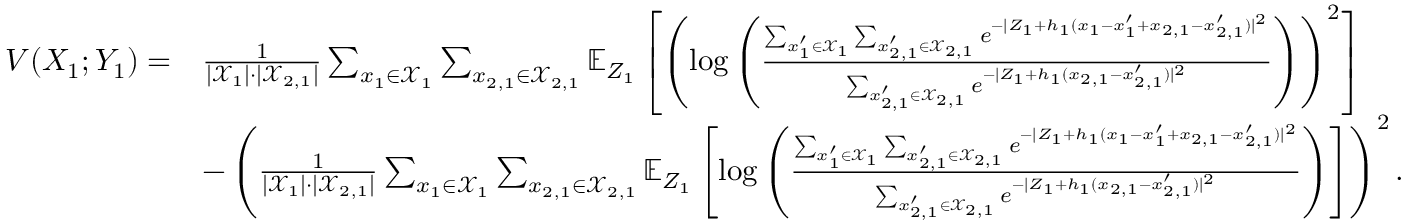
\begin{array} { r l } { V ( X _ { 1 } ; Y _ { 1 } ) = } & { \frac { 1 } { | \mathcal { X } _ { 1 } | \cdot | \mathcal { X } _ { 2 , 1 } | } \sum _ { x _ { 1 } \in \mathcal { X } _ { 1 } } \sum _ { x _ { 2 , 1 } \in \mathcal { X } _ { 2 , 1 } } \mathbb { E } _ { Z _ { 1 } } \left[ \left( \log \left( \frac { \sum _ { x _ { 1 } ^ { \prime } \in \mathcal { X } _ { 1 } } \sum _ { x _ { 2 , 1 } ^ { \prime } \in \mathcal { X } _ { 2 , 1 } } e ^ { - | Z _ { 1 } + h _ { 1 } ( x _ { 1 } - x _ { 1 } ^ { \prime } + x _ { 2 , 1 } - x _ { 2 , 1 } ^ { \prime } ) | ^ { 2 } } } { \sum _ { x _ { 2 , 1 } ^ { \prime } \in \mathcal { X } _ { 2 , 1 } } e ^ { - | Z _ { 1 } + h _ { 1 } ( x _ { 2 , 1 } - x _ { 2 , 1 } ^ { \prime } ) | ^ { 2 } } } \right) \right) ^ { 2 } \right] } \\ & { - \left( \frac { 1 } { | \mathcal { X } _ { 1 } | \cdot | \mathcal { X } _ { 2 , 1 } | } \sum _ { x _ { 1 } \in \mathcal { X } _ { 1 } } \sum _ { x _ { 2 , 1 } \in \mathcal { X } _ { 2 , 1 } } \mathbb { E } _ { Z _ { 1 } } \left[ \log \left( \frac { \sum _ { x _ { 1 } ^ { \prime } \in \mathcal { X } _ { 1 } } \sum _ { x _ { 2 , 1 } ^ { \prime } \in \mathcal { X } _ { 2 , 1 } } e ^ { - | Z _ { 1 } + h _ { 1 } ( x _ { 1 } - x _ { 1 } ^ { \prime } + x _ { 2 , 1 } - x _ { 2 , 1 } ^ { \prime } ) | ^ { 2 } } } { \sum _ { x _ { 2 , 1 } ^ { \prime } \in \mathcal { X } _ { 2 , 1 } } e ^ { - | Z _ { 1 } + h _ { 1 } ( x _ { 2 , 1 } - x _ { 2 , 1 } ^ { \prime } ) | ^ { 2 } } } \right) \right] \right) ^ { 2 } . } \end{array}